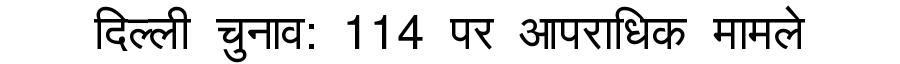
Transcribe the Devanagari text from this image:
दिल्ली चुनाव: 114 पर आपराधिक मामले